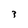
Character: 3